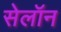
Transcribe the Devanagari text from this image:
सेलॉन